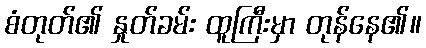
စံတုတ်၏ နှုတ်ခမ်း ထူကြီးမှာ တုန်နေ၏။